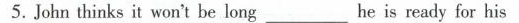
5.John thinks it won't be long__he is ready for his